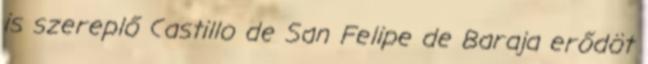
is szereplő Castillo de San Felipe de Baraja erődöt